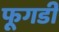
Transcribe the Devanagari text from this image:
फूगडी